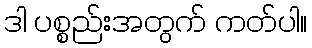
ဒါ ပစ္စည်းအတွက် ကတ်ပါ။